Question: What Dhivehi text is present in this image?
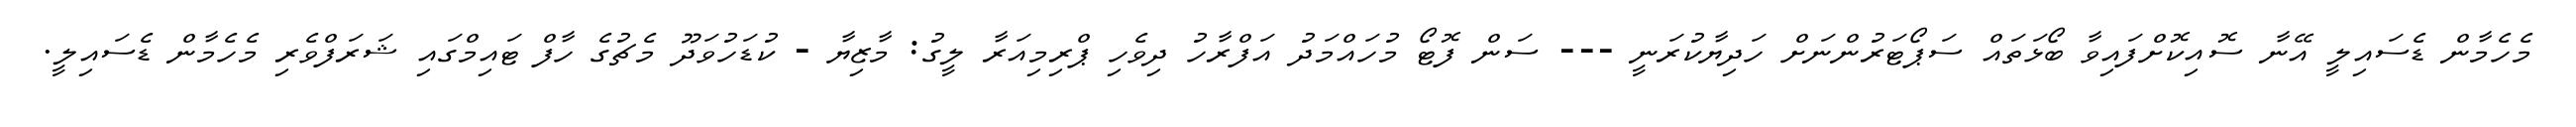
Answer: މެހެމާން ޑެސައިލީ އޭނާ ސޮއިކޮށްފައިވާ ބޯޅަތައް ސަޕޯޓަރުންނަށް ހަދިޔާކުރަނީ --- ސަން ފޮޓޯ މުހައްމަދު އަފްރާހު ދިވެހި ޕްރިމިއަރާ ލީގު: މާޒިޔާ - ކުޑަހުވަދޫ މެޗުގެ ހާފް ޓައިމްގައި ޝަރަފްވެރި މެހެމާން ޑެސައިލީ.